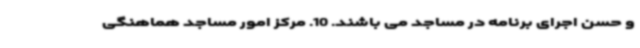
و حسن اجرای برنامه در مساجد می باشند. 10. مرکز امور مساجد هماهنگی